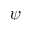
\psi